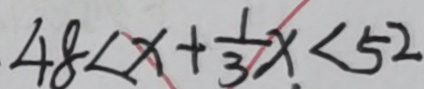
4 8 < x + \frac { 1 } { 3 } x < 5 2